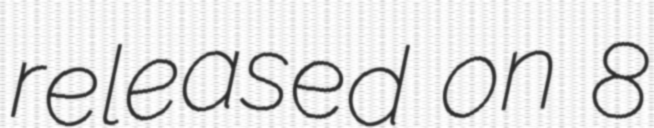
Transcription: released on 8